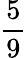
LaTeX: \frac{5}{9}